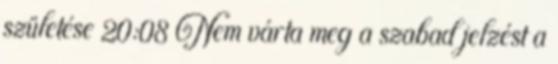
születése 20:08 Nem várta meg a szabad jelzést a